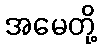
အမေတို့